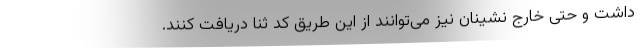
داشت و حتی خارج نشینان نیز می‌توانند از این طریق کد ثنا دریافت کنند.